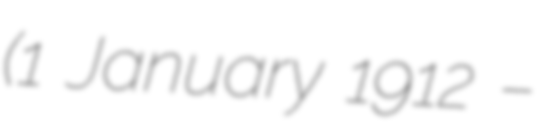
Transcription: (1 January 1912 –